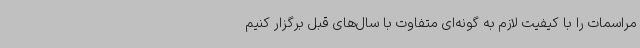
مراسمات را با کیفیت لازم به گونه‌ای متفاوت با سال‌های قبل برگزار کنیم